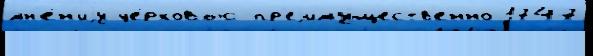
мн'е́н'иjу це́рковью пр'еjиму́ществ'енно 1747